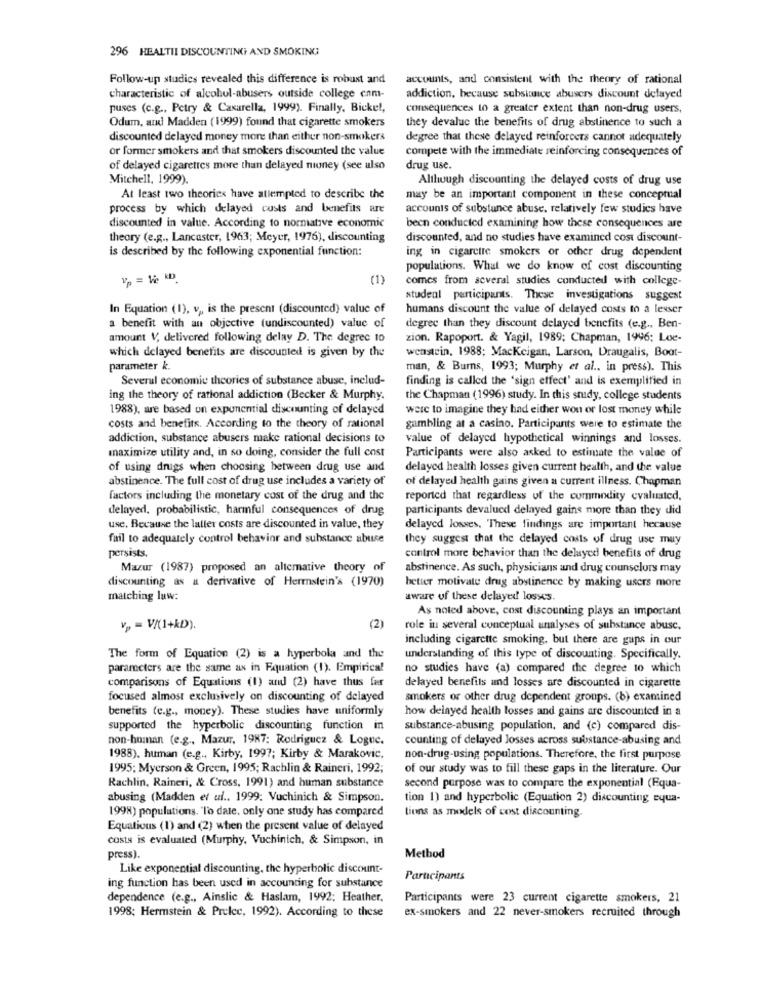
296 HEALTIL DISCOUNTING AND SMOKING
Follow-up studics revealed this difference is robust and
accounts, and consistent with the theory of rational
characteristic of alcohol-abusers outside college cam-
addiction, because substance abusers discount defayed
puses (c.g ., Petry & Casarella, 1999). Finally, Bickel,
consequences to a greater extent than non-drug users,
Odum, and Madden (1999) found that cigarette smokers
they devaluc the benefits of drug abstinence to such a
discounted delayed money more than either non-smokers
degree that these delayed reinforcers cannot adequately
or former smokers and that smokers discounted the value
compete with the immediate reinforcing consequences of
of delayed cigarettes more than delayed money (see also
drug use.
Mitchell, 1999)
Although discounting the delayed costs of drug use
At least two theories have attempted to describe the
may be an important component in these conceptual
process by which delayed costs and benefits are
accounts of substance abuse. relatively few studies have
discounted in value. According to normative economic
been conducted examining how these consequences are
theory (e.g ., Lancaster, 1963; Meyer, 1976), discounting
discounted, and no studies have examined cost discount-
is described by the following exponential function:
ing in cigaretre smokers or other drug dependent
populations. What we do know of cost discounting
Vp = Wie kD.
(1)
comes from several studies conducted with college-
studeal participants. These investigations suggest
In Equation (I), v ,, is the present (discounted) valuc of
humans discount the value of delayed costs to a lesser
a benefit with an objective (undiscounted) value of
degree than they discount delayed benefits (e.g ., Ben-
amount V, delivered following delay D. The degrec 10
zion. Rapoport. & Yagil, 1989; Chapman, 1996; Loe-
which delayed benefits are discounted is given by the
wenstein, 1988; Mackcigan, Larson, Draugalis, Boot-
parameter k.
man, & Burns, 1993; Murphy et al .. in press). This
Several economie theories of substance abuse, includ-
finding is called the 'sign effect' and is exemplified in
ing the theory of rational addiction (Becker & Murphy.
the Chapman (1996) study. In this study, college students
1988), are based on exponential discounting of delayed
were to imagine they had either won or lost money while
costs and benefits. According to the theory of rational
gambling at a casino. Participants were to estimate the
addiction, substance abusers make rational decisions to
value of delayed hypothetical winnings and losses.
maximize utility and, in so doing, consider the full cost
Participants were also asked to estimate the value of
of using drugs when choosing between drug use and
delayed health losses given current health, and the value
abstinence. The full cost of drug use includes a variety of
of delayed health gains given a current illness. Chapman
factors including the monetary cost of the drug and the
reported that regardless of the commodity evaluated,
delayed, probabilistic, harmful consequences of drug
participants devalued delayed gains more than they did
use. Because the latter costs are discounted in value, they
delayed losses. These findings are important hecause
fail to adequately control behavior and substance abuse
they suggest that the delayed costs of drug use muy
persists.
control more behavior than the delayed benefits of drug
Mazur (1987) proposed an alternative theory of
abstinence. As such, physicians and drug counselors may
discounting as a derivative of Hermstein's (1970)
better motivate drug abstinence by making users more
matching luw:
aware of these delayed losses.
As noted above, cost discounting plays an important
vp = V/(1+kD).
(2)
role in several conceptual analyses of substance abuse.
including cigarette smoking, but there are gaps in our
The form of Equation (2) is a hyperbola and the
understanding of this type of discounting. Specifically.
parameters are the same as in Fquation (1). Empirical
no studies have (a) compared the degree to which
comparisons of Equations (1) and (2) have thus far
delayed benefits and losses are discounted in cigarette
focused almost exclusively on discounting of delayed
smokers or other drug dependent groups. (b) examined
benefits (e.g ., money). These studies have uniformly
how delayed health losses and gains are discounted in a
supported the hyperbolic discounting function in
substance-abusing population, and (c) compared dis-
non-human (e.g ., Mazur, 1987: Rodriguez & Logue.
counting of delayed losses across substance-abusing and
1988), human (e.g ., Kirby, 1997; Kirby & Marakovic,
non-drug-using populations. Therefore, the first purpose
1995; Myerson & Green, 1995; Rachlin & Raineri, 1992;
of our study was to fill these gaps in the literature. Our
Rachlin, Raineri, & Cross, 1991) and human substance
second purpose was to compare the exponential (Equa-
abusing (Madden et ul .. 1999: Vuchinich & Simpson.
tion 1) and hyperbolic (Equation 2) discounting equa-
1998) populations. "To date, only one study has compared
tions as models of cost discounting.
Equations (1) and (2) when the present value of delayed
costs is evaluated (Murphy. Vuchinich, & Simpson, in
press).
Method
Like exponential discounting, the hyperbolic discount-
Participants
ing function has been used in accounting for substance
dependence (e.g ., Ainslic & Haslam, 1992; Heather.
Participants were 23 current cigarette smokeis, 21
1998; Hermstein & Prelce, 1992). According to these
ex-smokers and 22 never-smokers recruited through